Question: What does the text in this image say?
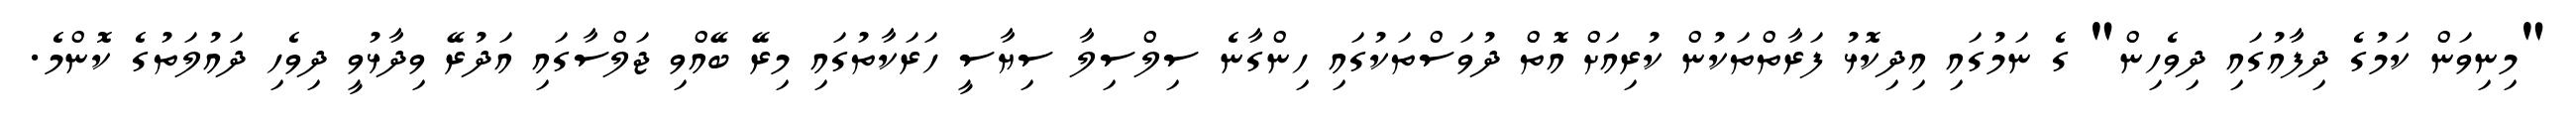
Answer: "މިނިވަން ކަމުގެ ދިފާއުގައި ދިވެހިން" ގެ ނަމުގައި އިދިކޮޅު ފަރާތްތަކުން ކުރިއަށް އޮތް ދުވަސްތަކުގައި ހިންގާނެ ސިލްސިލާ ސިޔާސީ ހަރަކާތުގައި މިރޭ ބޭއްވި ޖަލްސާގައި އަދުރޭ ވިދާޅުވީ ދިވެހި ދައުލަތުގެ ކޮންމެ.